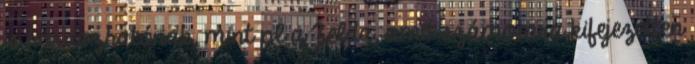
is hordozhatónak, mint pl a Zelda, amit számomra kifejezetten